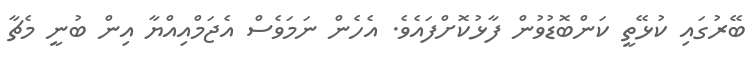
ބޭރުގައި ކުޅޭތީ ކަންބޮޑުވުން ފާޅުކޮށްފައެވެ. އެހެން ނަމަވެސް އެޖަމްއިއްޔާ އިން ބުނީ މެޗާ